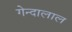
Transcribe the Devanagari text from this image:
गेन्दालाल